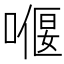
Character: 𠼸